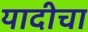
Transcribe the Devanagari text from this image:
यादीचा